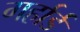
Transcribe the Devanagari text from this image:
गर्हार्ड